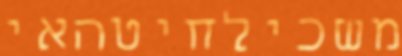
משכילחיטהאי